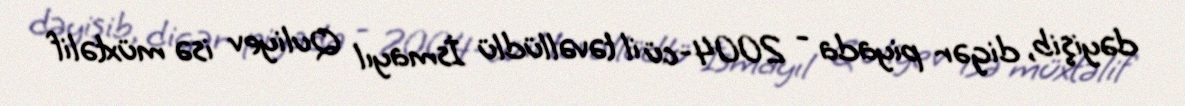
dəyişib, digər piyada - 2004-cü il təvəllüdlü İsmayıl Quliyev isə müxtəlif